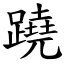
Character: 蹺